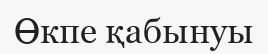
Өкпе қабынуы